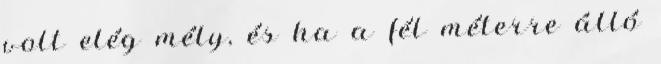
volt elég mély, és ha a fél méterre álló